French assistants in Scottish schools and training centres, 1932
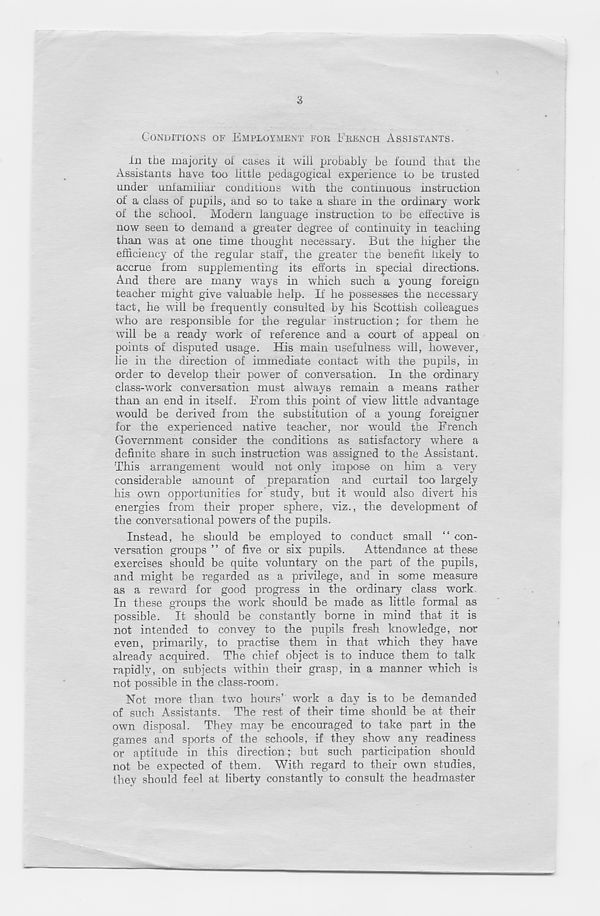
3
CONDITIONS OF EMPLOYMENT FOR FRENCH ASSISTANTS.
in the majority oi cases it will probably be found that the
Assistants have too little pedagogical experience to be trusted
under unfamiliar conditions with the continuous instruction
of a class of pupils, and so to take a share in the ordinary work
of the school. Modern language instruction to be effective is
now seen to demand a greater degree of continuity in teaching
than was at one time thought necessary. But the higher the
efficiency of the regular staff, the greater the benefit likely to
accrue from supplementing its efforts in special directions.
And there are many ways in which such a young foreign
teacher might give valuable help. If he possesses the necessary
tact, he will be frequently consulted by his Scottish colleagues
who are responsible for the regular instruction; for them he
will be a ready work of reference and a court of appeal on
points of disputed usage. His main usefulness will, however,
lie in the direction of immediate contact with the pupils, in
order to develop their power of conversation. In the ordinary
class-work conversation must always remain a means rather
than an end in itself. From this point of view little advantage
would be derived from the substitution of a young foreigner
for the experienced native teacher, nor would the French
Government consider the conditions as satisfactory where a
definite share in such instruction was assigned to the Assistant.
This arrangement would not only impose on him a very
considerable amount of preparation and curtail too largely
his own opportunities for study, but it would also divert his
energies from their proper sphere, viz., the development of
the conversational powers of the pupils.
Instead, he should be employed to conduct small “ con-
versation groups ” of five or six pupils. Attendance at these
exercises should be quite voluntary on the part of the pupils,
and might be regarded as a privilege, and in some measure
as a reward for good progress in the ordinary class work.
In these groups the work should be made as little formal as
possible. It should be constantly borne in mind that it is
not intended to convey to the pupils fresh knowledge, nor
even, primarily, to practise them in that which they have
already acquired. The chief object is to induce them to talk
rapidly, on subjects within their grasp, in a manner which is
not possible in the class-room.
Not more than two hours’ work a day is to be demanded
of such Assistants. The rest of their time should be at their
own disposal. They may be encouraged to take part in the
games and sports of the schools, if they show any readiness
or aptitude in this direction; but such participation should
not be expected of them. With regard to their own studies,
they should feel at liberty constantly to consult the headmaster